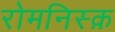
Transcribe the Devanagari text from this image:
रोमनिस्क़